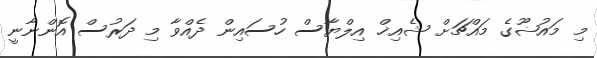
މި މައުޟޫގެ މައްޗަށް ޝެއިޚް އިލްޔާސް ހުސައިން ދެއްވާ މި ދަރުސް އޮންނާނީ